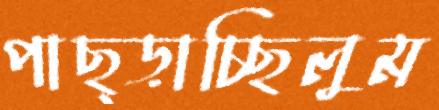
পাছ্‌ড়াচ্ছিলুম